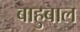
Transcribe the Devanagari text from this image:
बाहुबाल